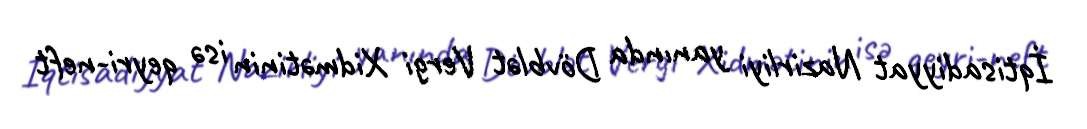
İqtisadiyyat Nazirliyi yanında Dövblət Vergi Xidmətinin isə qeyri-neft